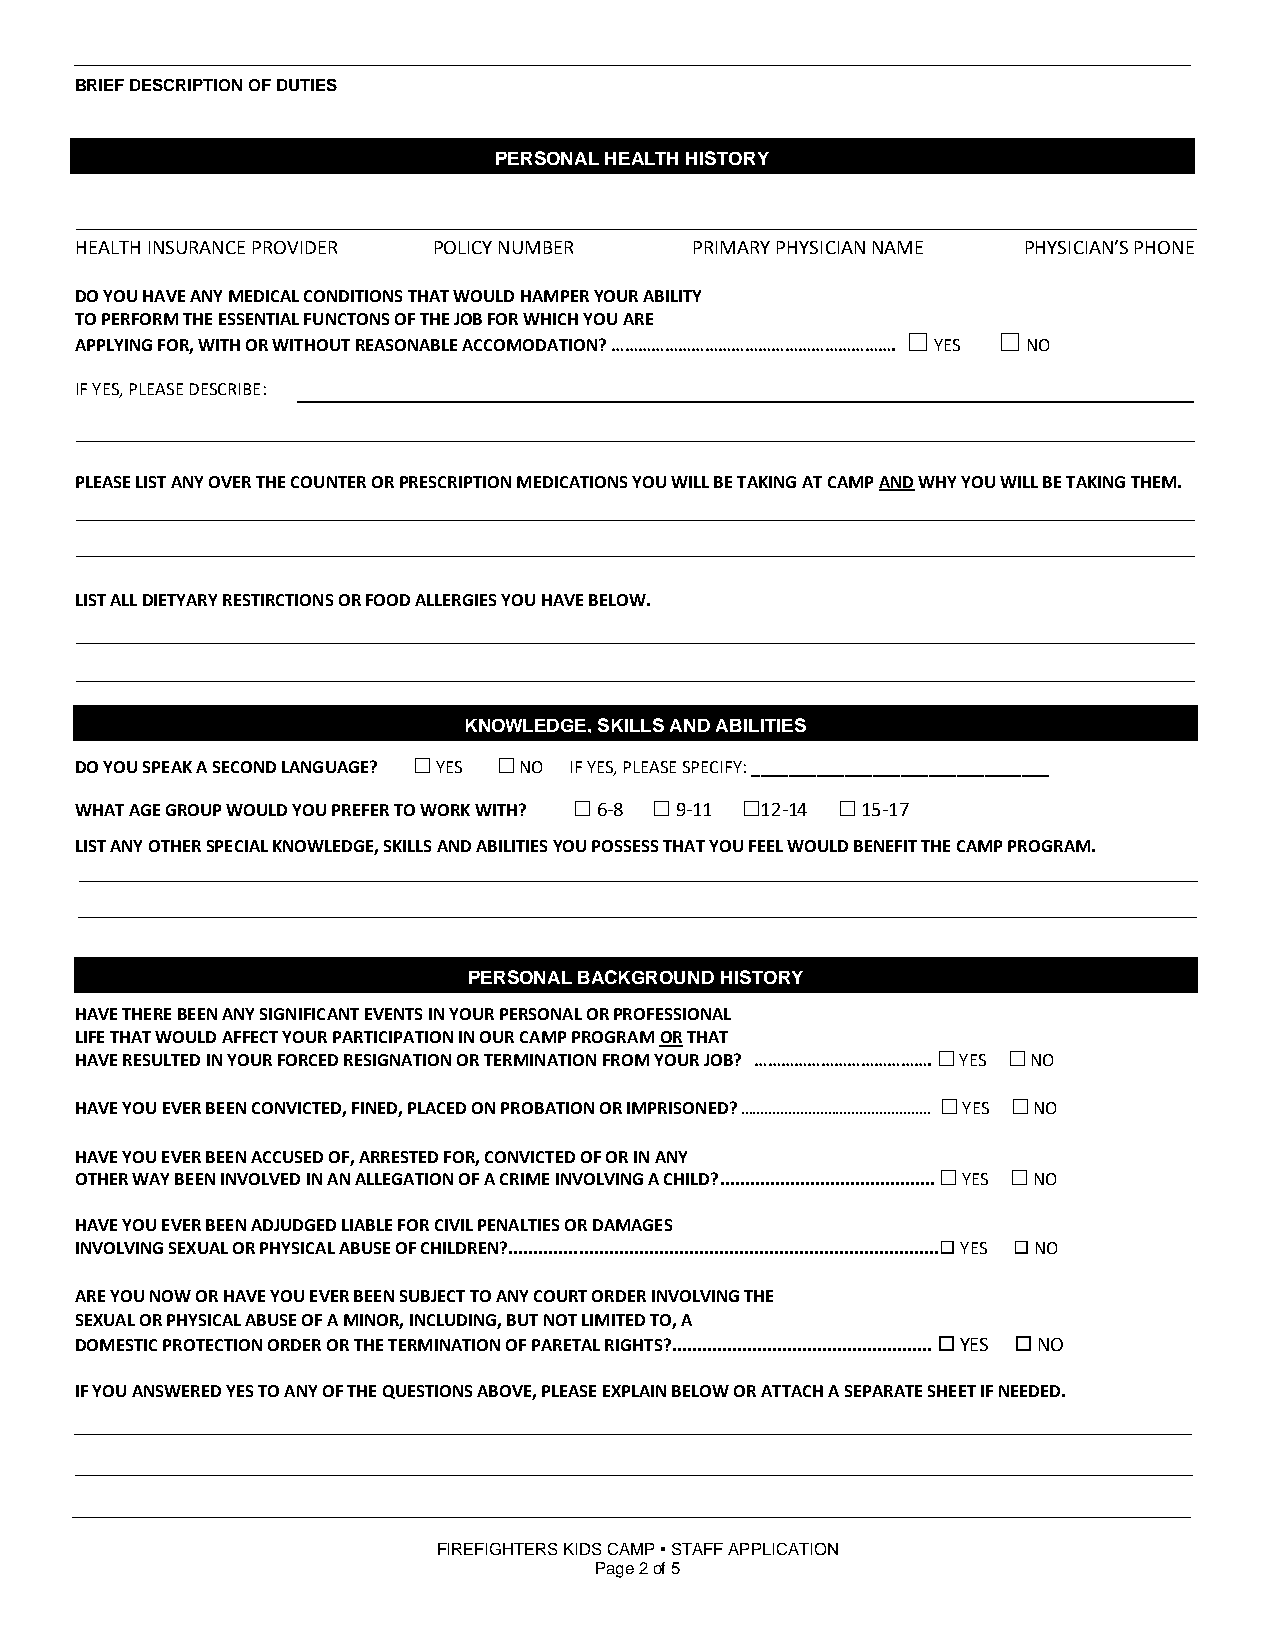
BRIEF DESCRIPTION OF DUTIES
 PERSONAL HEALTH HISTORY
 HEALTH INSURANCE PROVIDER POLICY NUMBER  PRIMARY PHYSICIAN NAME PHYSICIAN’S PHONE
 DO YOU HAVE ANY MEDICAL CONDITIONS THAT WOULD HAMPER YOUR ABILITY
 TO PERFORM THE ESSENTIAL FUNCTONS OF THE JOB FOR WHICH YOU ARE
 APPLYING FOR, WITH OR WITHOUT REASONABLE ACCOMODATION? ……………………………………………………….  YES  NO
 IF YES, PLEASE DESCRIBE:
 PLEASE LIST ANY OVER THE COUNTER OR PRESCRIPTION MEDICATIONS YOU WILL BE TAKING AT CAMP AND WHY YOU WILL BE TAKING THEM.
 LIST ALL DIETYARY RESTIRCTIONS OR FOOD ALLERGIES YOU HAVE BELOW.
 KNOWLEDGE, SKILLS AND ABILITIES
 DO YOU SPEAK A SECOND LANGUAGE?  YES  NO IF YES, PLEASE SPECIFY: ________________________________
 WHAT AGE GROUP WOULD YOU PREFER TO WORK WITH?  6-8  9-11 12-14  15-17
 LIST ANY OTHER SPECIAL KNOWLEDGE, SKILLS AND ABILITIES YOU POSSESS THAT YOU FEEL WOULD BENEFIT THE CAMP PROGRAM.
 PERSONAL BACKGROUND HISTORY
 HAVE THERE BEEN ANY SIGNIFICANT EVENTS IN YOUR PERSONAL OR PROFESSIONAL
 LIFE THAT WOULD AFFECT YOUR PARTICIPATION IN OUR CAMP PROGRAM OR THAT
 HAVE RESULTED IN YOUR FORCED RESIGNATION OR TERMINATION FROM YOUR JOB? ………………………………….  YES  NO
 HAVE YOU EVER BEEN CONVICTED, FINED, PLACED ON PROBATION OR IMPRISONED? …………………………………………  YES  NO
 HAVE YOU EVER BEEN ACCUSED OF, ARRESTED FOR, CONVICTED OF OR IN ANY
 OTHER WAY BEEN INVOLVED IN AN ALLEGATION OF A CRIME INVOLVING A CHILD?...........................................  YES  NO
 HAVE YOU EVER BEEN ADJUDGED LIABLE FOR CIVIL PENALTIES OR DAMAGES
 INVOLVING SEXUAL OR PHYSICAL ABUSE OF CHILDREN?...................................................................................... YES  NO
 ARE YOU NOW OR HAVE YOU EVER BEEN SUBJECT TO ANY COURT ORDER INVOLVING THE
 SEXUAL OR PHYSICAL ABUSE OF A MINOR, INCLUDING, BUT NOT LIMITED TO, A
 DOMESTIC PROTECTION ORDER OR THE TERMINATION OF PARETAL RIGHTS?....................................................  YES  NO
 IF YOU ANSWERED YES TO ANY OF THE QUESTIONS ABOVE, PLEASE EXPLAIN BELOW OR ATTACH A SEPARATE SHEET IF NEEDED.
 FIREFIGHTERS KIDS CAMP  STAFF APPLICATION
 Page 2 of 5